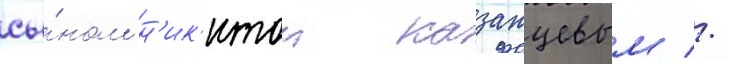
сы́ном н'ик'итои казанцевым //